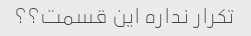
تکرار نداره این قسمت؟؟